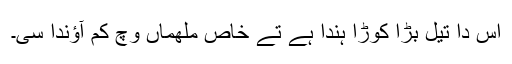
اس دا تیل بڑا کوڑا ہُندا ہے تے خاص ملھماں وچ کم آؤندا سی۔